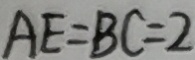
A E = B C = 2